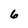
Character: 6